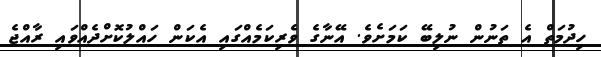
ހިދުމަތް އެ ތަނުން ނުލިބޭ ކަމަށެވެ. އޭނާގެ ވެރިކަމެއްގައި އެކަން ހައްލުކޮށްދެއްވައި ރާއްޖެ